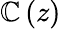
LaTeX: \mathbb{C}\left(z\right)